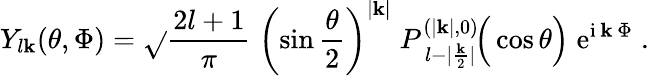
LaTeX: Y_{l\mathbf{k}}(\theta,\Phi)=\sqrt{}{{\frac{{2l+1}}{{\pi}}}}\; \left(\sin\frac{{\theta}}{{2}}\right)^{|\mathbf{k}|}\; P_{\: l-|\frac{{\mathbf{k}}}{{2}}|}^{(|\mathbf{k}|,0)}\! \Big(\cos\theta\Big)\; \mathrm{{e}}^{\mathrm{{i}}\, \mathbf{k}\, \Phi}\; .